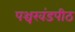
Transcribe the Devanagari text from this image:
पञ्चखंडपीठ